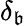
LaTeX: \delta_{\mathfrak{b}}